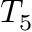
T _ { 5 }